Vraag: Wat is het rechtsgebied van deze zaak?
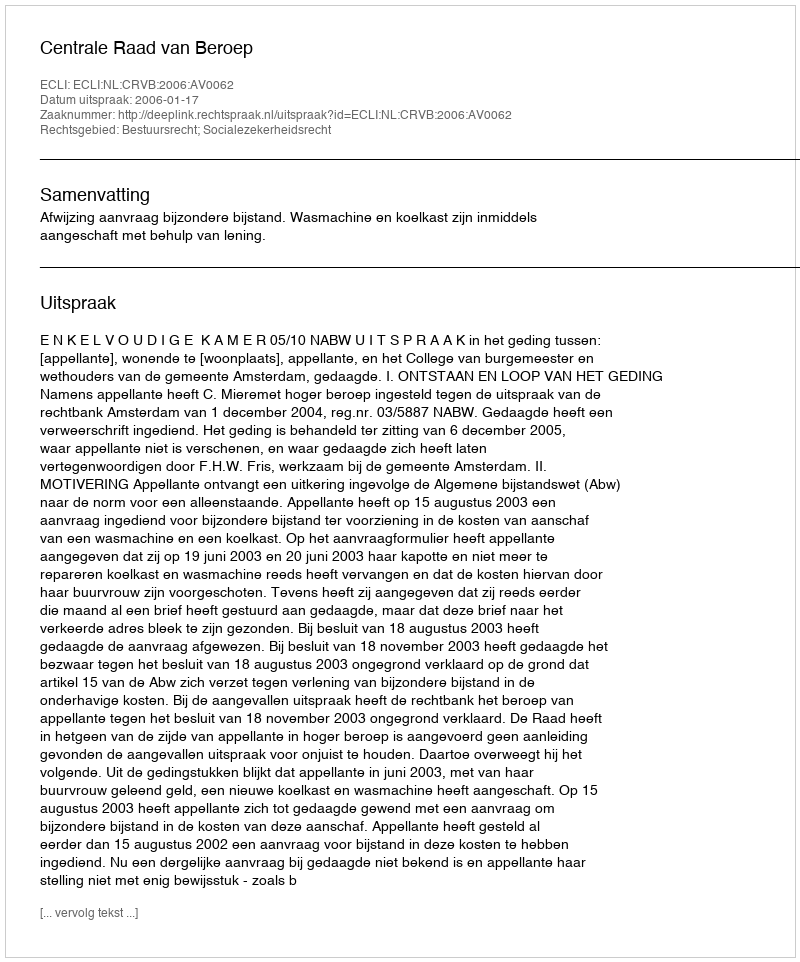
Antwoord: Bestuursrecht; Socialezekerheidsrecht